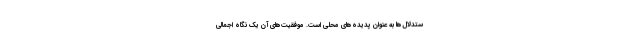
ستدلال‌ها به عنوان پدیده‌های محلی است. موفقیت‌های آن یک نگاه اجمالی